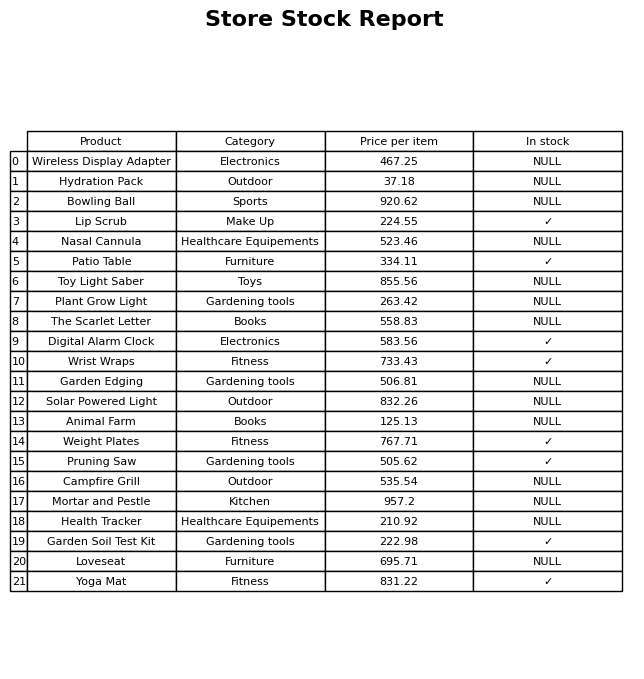
question: What is the price for Nasal Cannula?
answer: The price of Nasal Cannula is 523.46.